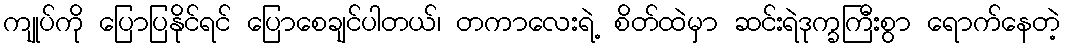
ကျုပ်ကို ပြောပြနိုင်ရင် ပြောစေချင်ပါတယ်၊ တကာလေးရဲ့ စိတ်ထဲမှာ ဆင်းရဲဒုက္ခကြီးစွာ ရောက်နေတဲ့